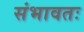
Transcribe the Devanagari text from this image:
संभावतः